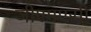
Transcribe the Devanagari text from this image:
जीएमएसी